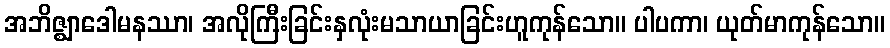
အဘိဇ္ဈာဒေါမနဿာ၊ အလိုကြီးခြင်းနှလုံးမသာယာခြင်းဟူကုန်သော။ ပါပကာ၊ ယုတ်မာကုန်သော။